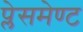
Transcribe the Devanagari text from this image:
प्लेसमेण्ट